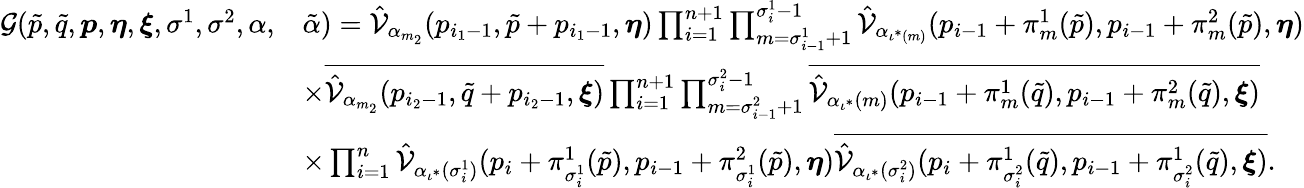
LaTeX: \begin{array}{rl}{\mathcal{G}(\tilde{p},\tilde{q},\boldsymbol{p},\boldsymbol{\eta},\boldsymbol{\xi},\sigma^{1},\sigma^{2},\alpha,}&{\tilde{\alpha})=\hat{\mathcal{V}}_{\alpha_{m_{2}}}(p_{i_{1}-1},\tilde{p}+p_{i_{1}-1},\boldsymbol{\eta})\prod_{i=1}^{n+1}\prod_{m=\sigma_{i-1}^{1}+1}^{\sigma_{i}^{1}-1}\hat{\mathcal{V}}_{\alpha_{\iota^{*}(m)}}(p_{i-1}+\pi_{m}^{1}(\tilde{p}),p_{i-1}+\pi_{m}^{2}(\tilde{p}),\boldsymbol{\eta})}\\ &{\times\overline{{\hat{\mathcal{V}}_{\alpha_{m_{2}}}(p_{i_{2}-1},\tilde{q}+p_{i_{2}-1},\boldsymbol{\xi})}}\prod_{i=1}^{n+1}\prod_{m=\sigma_{i-1}^{2}+1}^{\sigma_{i}^{2}-1}\overline{{\hat{\mathcal{V}}_{\alpha_{\iota^{*}}(m)}(p_{i-1}+\pi_{m}^{1}(\tilde{q}),p_{i-1}+\pi_{m}^{2}(\tilde{q}),\boldsymbol{\xi})}}}\\ &{\times\prod_{i=1}^{n}\hat{\mathcal{V}}_{\alpha_{\iota^{*}}(\sigma_{i}^{1})}(p_{i}+\pi_{\sigma_{i}^{1}}^{1}(\tilde{p}),p_{i-1}+\pi_{\sigma_{i}^{1}}^{2}(\tilde{p}),\boldsymbol{\eta})\overline{{\hat{\mathcal{V}}_{\alpha_{\iota^{*}}(\sigma_{i}^{2})}(p_{i}+\pi_{\sigma_{i}^{2}}^{1}(\tilde{q}),p_{i-1}+\pi_{\sigma_{i}^{2}}^{1}(\tilde{q}),\boldsymbol{\xi})}}.}\end{array}